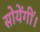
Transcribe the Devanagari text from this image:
सोयेंगीं।